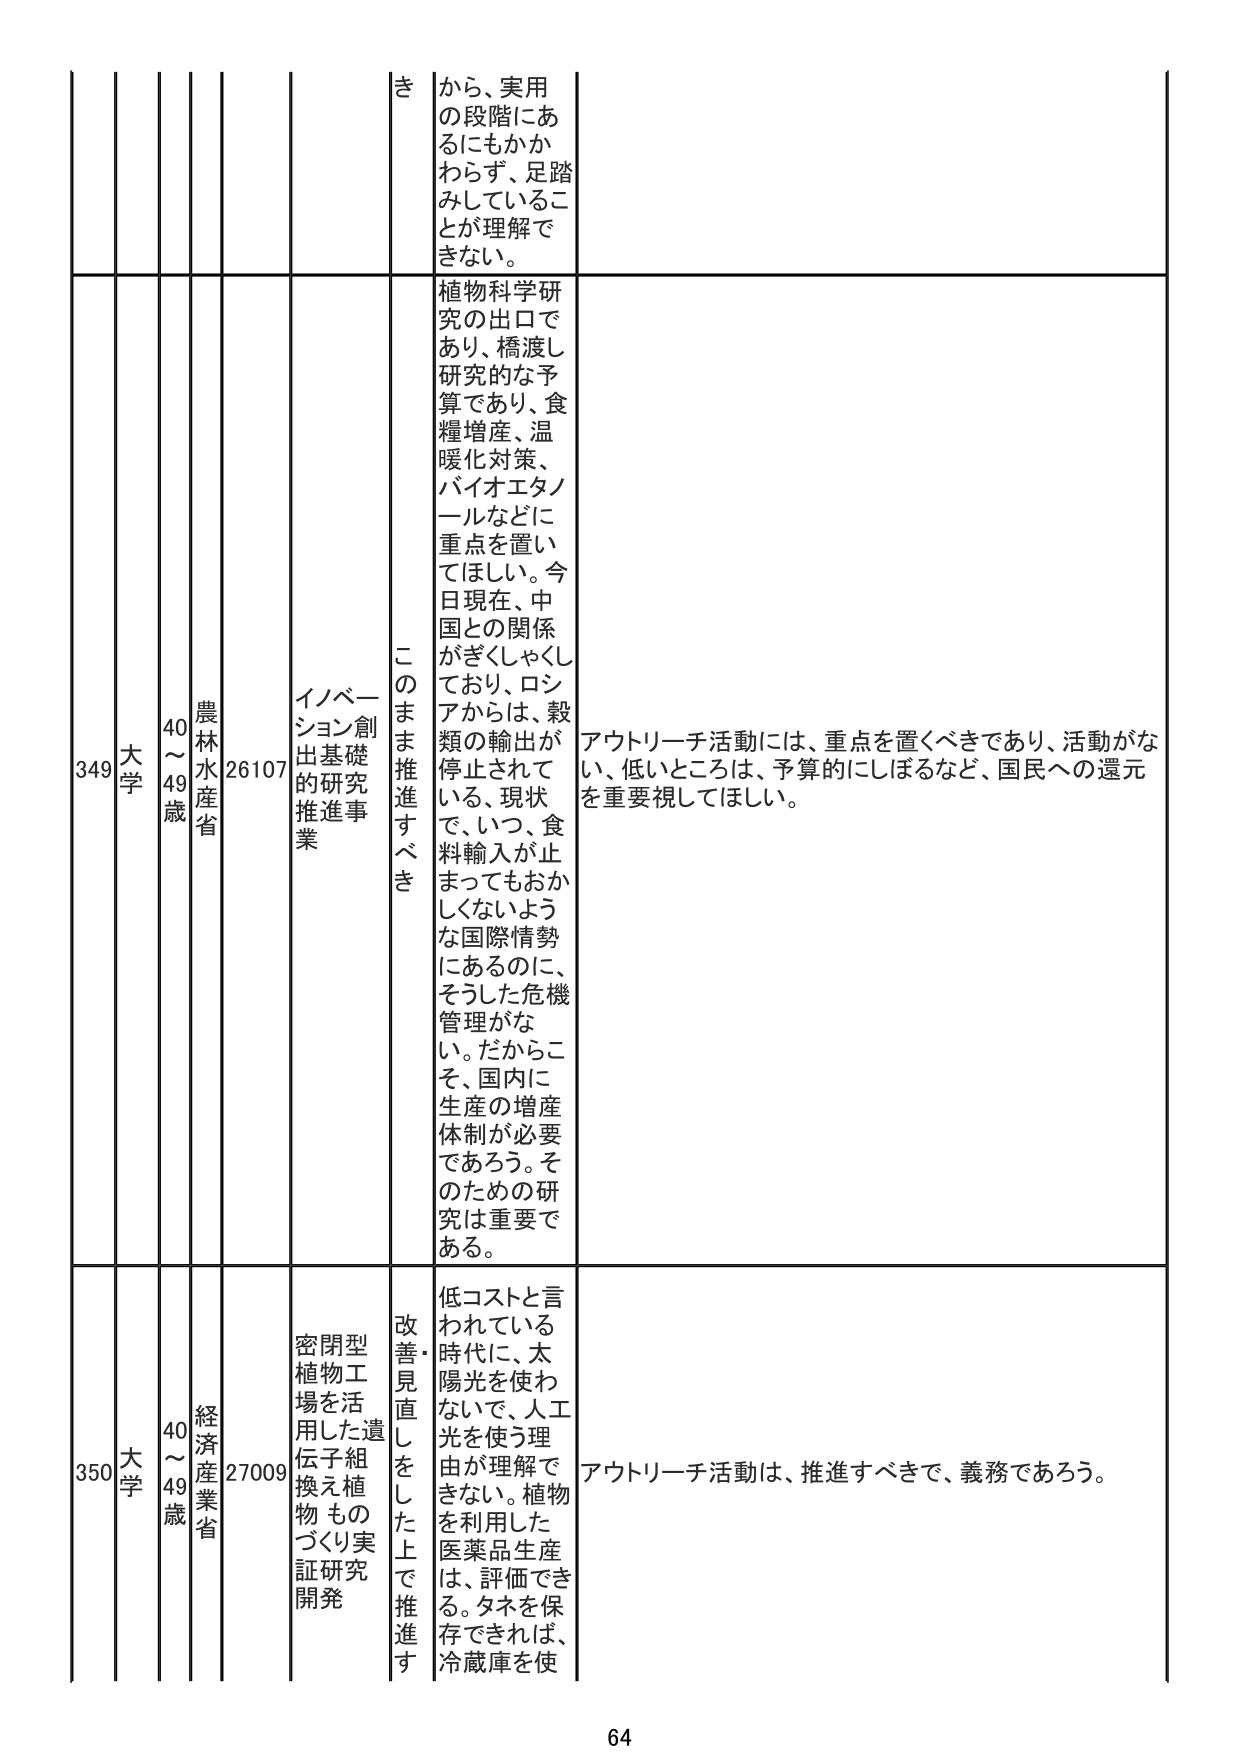
349 大学 40～49歳 農林水産省 26107 イノベーション創出基礎的研究推進事業 このまま推進すべき 植物科学研究の出口であり、橋渡し研究的な予算であり、食糧増産、温暖化対策、バイオエタノールなどに重点を置いてほしい。今日現在、中国との関係がぎくしゃくしており、ロシアからは、穀類の輸出が停止されている、現状で、いつ、食料輸入が止まってもおかしくないような国際情勢にあるのに、そうした危機管理がない。だからこそ、国内に生産の増産体制が必要であろう。そのための研究は重要である。 アウトリーチ活動には、重点を置くべきであり、活動がない、低いところは、予算的にしぼるなど、国民への還元を重要視してほしい。

350 大学 40～49歳 経済産業省 27009 密閉型植物工場を活用した遺伝子組換え植物ものづくり実証研究開発 改善・見直しをした上で推進す 低コストと言われている時代に、太陽光を使わなくて、人工光を使う理由が理解できない。植物を利用した医薬品生産は、評価できる。タネを保存できれば、冷蔵庫を使 アウトリーチ活動は、推進すべきで、義務であろう。

64